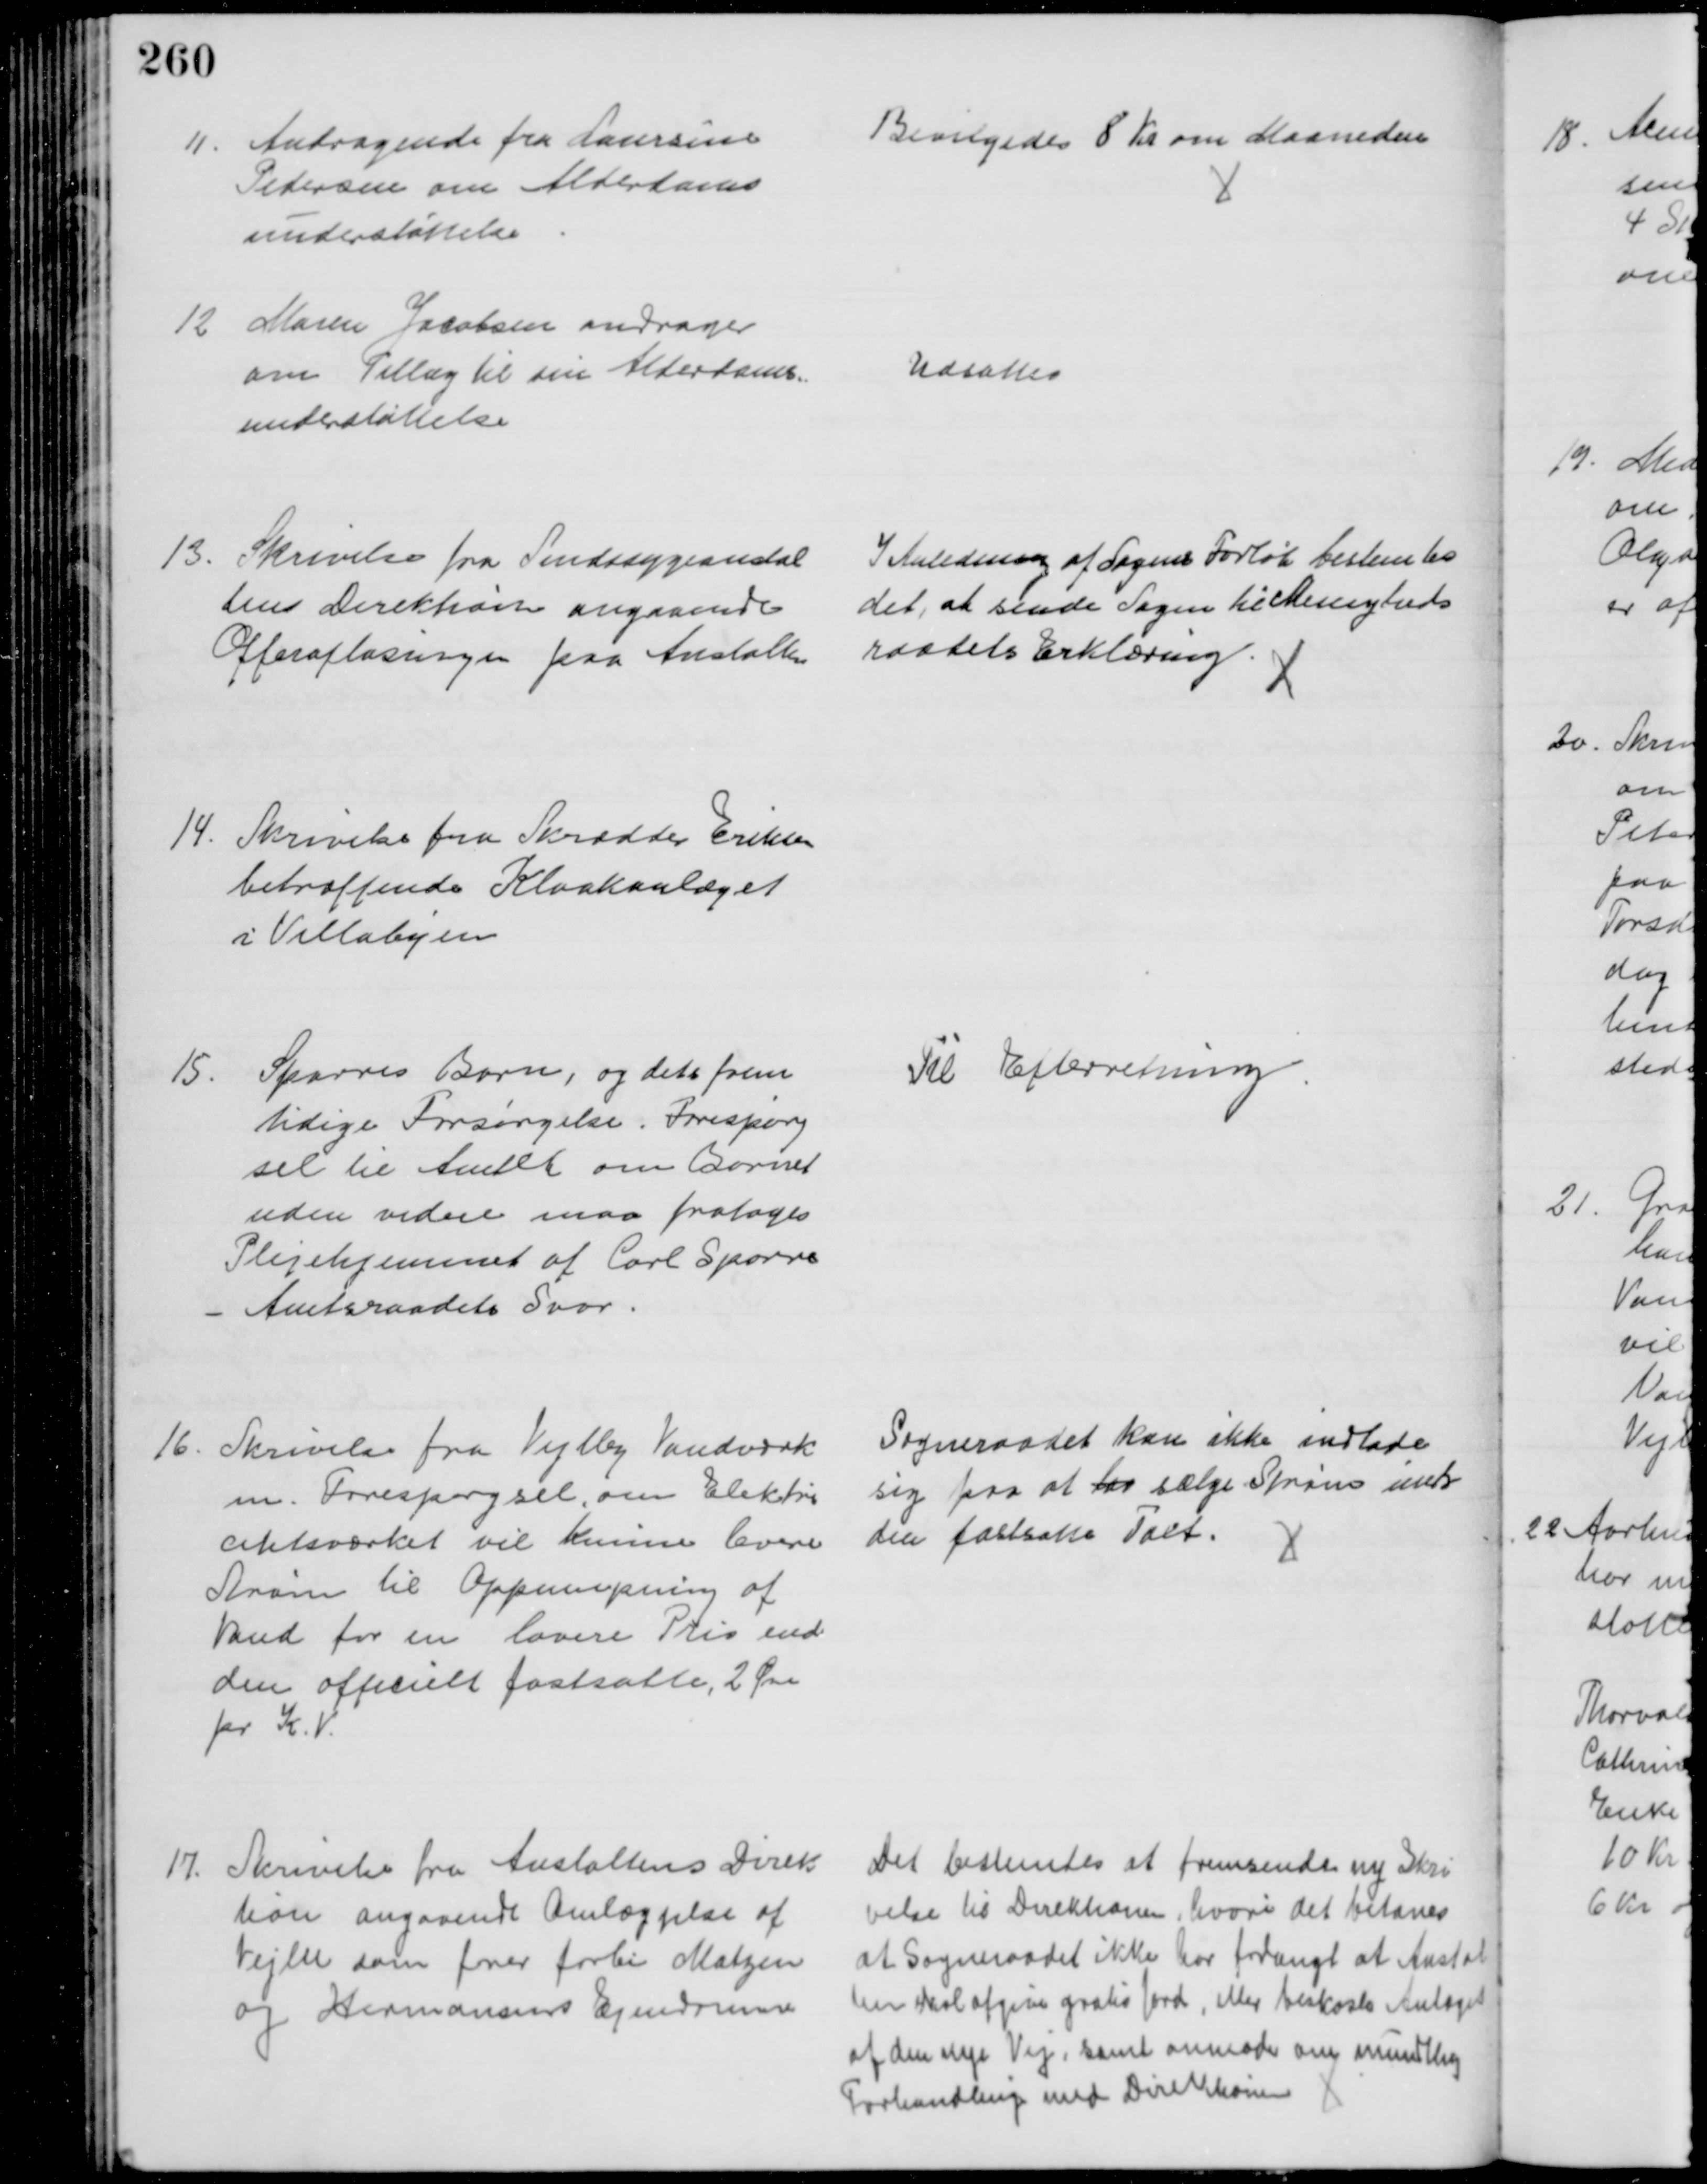
Transskription:
11. Andragende fra Laursine
Pedersen om Alderdoms
understøttelse
Bevilgedes 8 Kr om Maaneden
12 Maren Jacobsen andrager
om Tillæg til sin Alderdoms-
understøttelse
Udsattes
13. Skrivelse fra Sindssygeanstal
tens Direktion angaaende
Offerafløsningen paa Anstalten
I Anledning af Sagens Forløb bestemtes 
det, at sende Sagen til Menigheds
raadets Erklæring.
14. Skrivelse fra Skrædder Eriksen
betræffende Kloakanlæget
i Villabyen
15.
Sparres Barn, og dets frem
tidige Forsørgelse. Forespørg
sel til Amtet om Barnet
uden videre maa fratages 
Plejehjemmet af Carl Sparre
Amtsraadets Svar.
Til Efterretning
16
Skrivelse fra Vejlby Vandværk
m. Forespørgsel, om Elektri
citetsværket vil kunne levere
Strøm til Oppumpning af
Vand for en lavere Pris end
den officielt fastsatte, 2 Øre
pr K. V.
Sogneraadet kan ikke indlade
sig paa at lar sælge Strøm under
den fastsatte Taxt.
17. Skrivelse fra Anstaltens Direk-
tion angaaende Omlæggelse af
Vejen som fører forbi Matzen
og Hermansens Ejendomme
Det bestemtes at fremsendt ny Skri
velse til Direktionen, hvori det betones
at Sogneraadet ikke har forlangt at Anstal
ten skal afgive gratis Jord, eller beskoste Anlæget
af de nye Vej, samt anmoder om mundtling
Forhandling med Direktionen